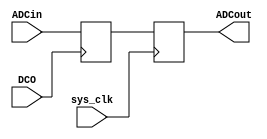
module adcSync(sys_clk, DCO, ADCin, ADCout);

input 					sys_clk;
input 					DCO;
input 		[13:0]	ADCin;
output reg 	[13:0] 	ADCout;
reg 			[13:0] 	per_a2da_d;

always @(posedge DCO)
begin
		per_a2da_d	<= ADCin;
end

always @(posedge sys_clk)
begin
		ADCout	<= per_a2da_d;
			
end

endmodule